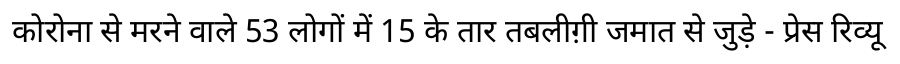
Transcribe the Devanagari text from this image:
कोरोना से मरने वाले 53 लोगों में 15 के तार तबलीग़ी जमात से जुड़े - प्रेस रिव्यू